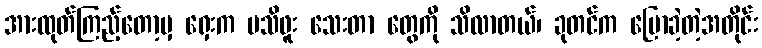
အားထုတ်ကြည့်တော့မှ ရှေးက မသိဖူး သေးတာ တွေကို သိလာတယ်၊ ခုတင်က ပြောခဲ့တဲ့အတိုင်း